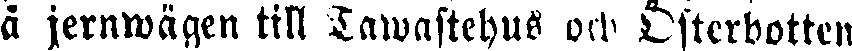
å jernwägen till Tawastehus och Österbotten